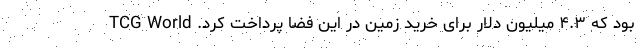
بود که ۴.۳ میلیون دلار برای خرید زمین در این فضا پرداخت کرد. TCG World